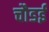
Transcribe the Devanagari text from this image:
चौडई